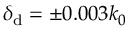
\delta _ { \mathrm { d } } = \pm 0 . 0 0 3 k _ { 0 }